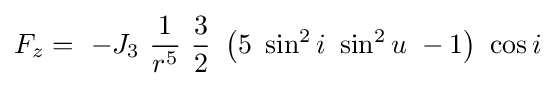
F_{z}=\ -J_{3}\ {\frac {1}{r^{5}}}\ {\frac {3}{2}}\ \left(5\ \sin ^{2}i\ \sin ^{2}u\ -1\right)\ \cos i